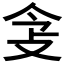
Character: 𢻶